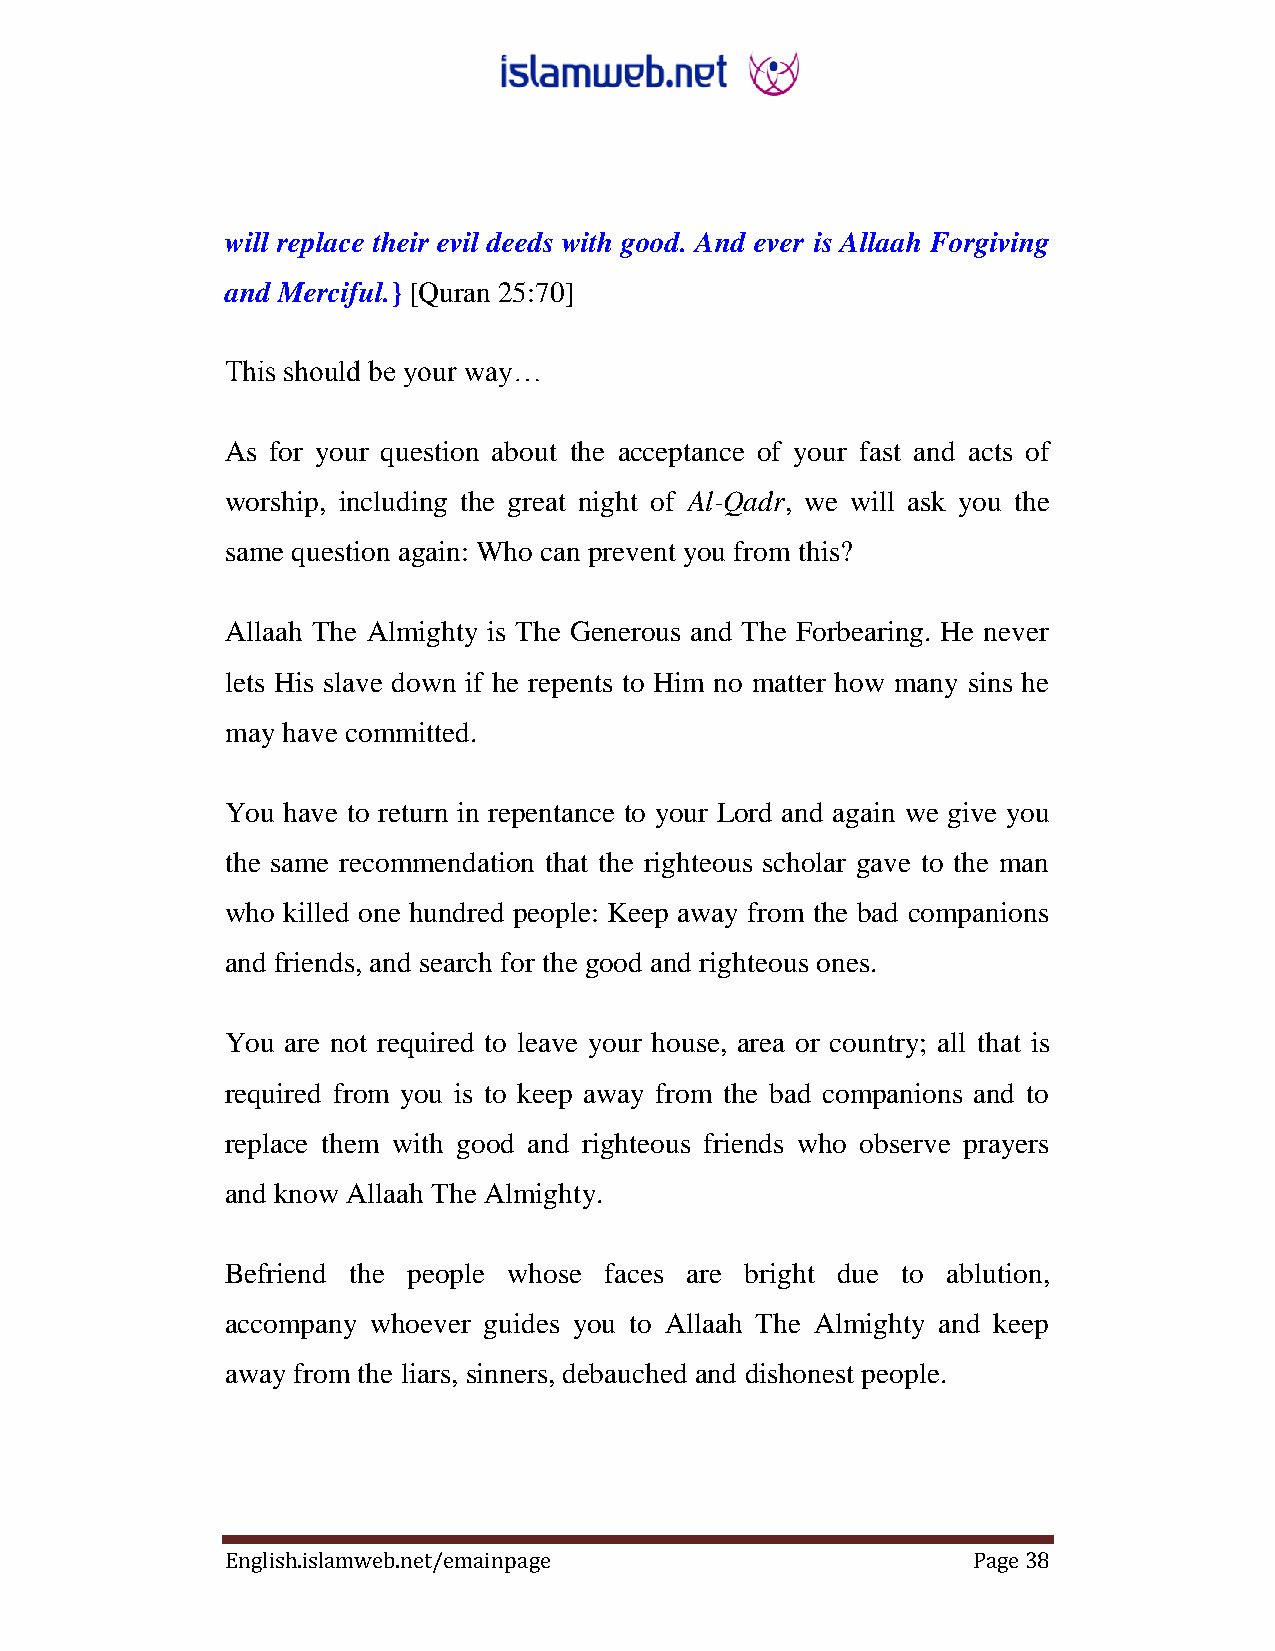
will replace their evil deeds with good. And ever is Allaah Forgiving
 and Merciful.} [Quran 25:70]
 This should be your way…
 As for your question about the acceptance of your fast and acts of
 worship, including the great night of Al-Qadr, we will ask you the
 same question again: Who can prevent you from this?
 Allaah The Almighty is The Generous and The Forbearing. He never
 lets His slave down if he repents to Him no matter how many sins he
 may have committed.
 You have to return in repentance to your Lord and again we give you
 the same recommendation that the righteous scholar gave to the man
 who killed one hundred people: Keep away from the bad companions
 and friends, and search for the good and righteous ones.
 You are not required to leave your house, area or country; all that is
 required from you is to keep away from the bad companions and to
 replace them with good and righteous friends who observe prayers
 and know Allaah The Almighty.
 Befriend the people whose faces are bright due to ablution,
 accompany whoever guides you to Allaah The Almighty and keep
 away from the liars, sinners, debauched and dishonest people.
 English.islamweb.net/emainpage                   Page 38